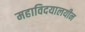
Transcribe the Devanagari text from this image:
महाविदयालयीन